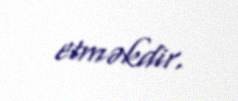
etməkdir.